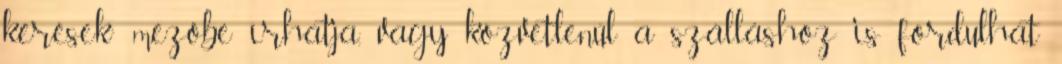
kérések” mezőbe írhatja, vagy közvetlenül a szálláshoz is fordulhat